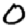
Digit: 0